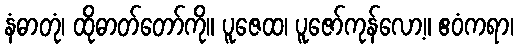
နံဓာတုံ၊ ထိုဓာတ်တော်ကို။ ပူဇေထ၊ ပူဇော်ကုန်လော့။ ဧဝံကရာ၊